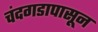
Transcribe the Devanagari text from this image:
चंदगडापासून